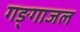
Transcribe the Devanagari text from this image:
गङ्गाजल